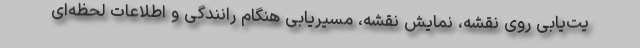
یت‌یابی روی نقشه، نمایش نقشه، مسیریابی هنگام رانندگی و اطلاعات لحظه‌ای